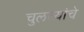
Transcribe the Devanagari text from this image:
चुलत्यांचे